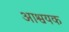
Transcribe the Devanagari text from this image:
आश्वयक